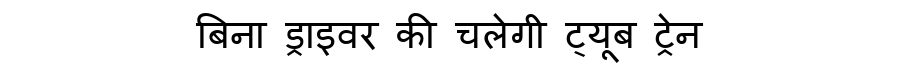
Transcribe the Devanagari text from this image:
बिना ड्राइवर की चलेगी ट्यूब ट्रेन